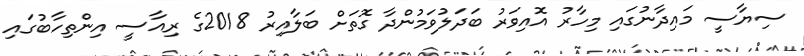
ސިޔާސީ މައިދާނުގައި މިހާރު އޮއިވަރު ބަދަލުވަމުންދާ ގޮތަށް ބަލާއިރު 2018ގެ ރިއާސީ އިންތިހާބުގައި